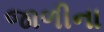
જાળીના